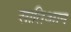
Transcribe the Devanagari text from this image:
सातिआन